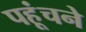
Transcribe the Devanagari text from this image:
पहूंचने